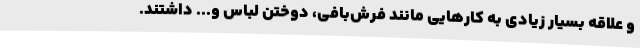
و علاقه بسیار زیادی به کارهایی مانند فرش‌بافی، دوختن لباس و... داشتند.